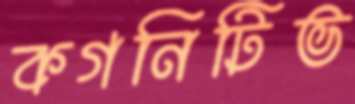
কগনিটিভ